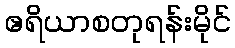
ဧရိယာစတုရန်းမိုင်